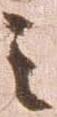
之